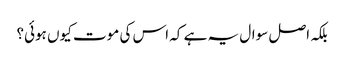
بلکہ اصل سوال یہ ہے کہ اس کی موت کیوں ہوئی؟